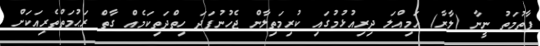
ފާތުމަތު ނީނާ (ލާރާ) އަމިއްލަ ދިރިއުޅުމުގައި ކުރިމަތިލާން ޖެހުނުފަދަ ހިތްދަތިކަމެއް ގާތް ރަޙުމަތްތެރިއަކަށް